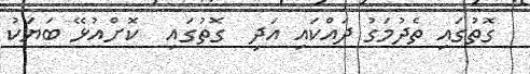
ގޮތުގައި ތެދުމަގު ދައްކައި އަދި  ގޮތުގައި  ކޮށްއުޅޭ ބަޔަކު